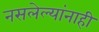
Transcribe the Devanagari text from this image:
नसलेल्यांनाही